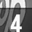
Digit: 4